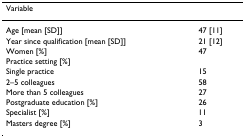
<table><thead><tr><td><b>Variable</b></td><td></td></tr></thead><tbody><tr><td>Age [mean [SD]]</td><td>47 [11]</td></tr><tr><td>Year since qualification [mean [SD]]</td><td>21 [12]</td></tr><tr><td>Women [%]</td><td>47</td></tr><tr><td>Practice setting [%]</td><td></td></tr><tr><td>Single practice</td><td>15</td></tr><tr><td>2–5 colleagues</td><td>58</td></tr><tr><td>More than 5 colleagues</td><td>27</td></tr><tr><td>Postgraduate education [%]</td><td>26</td></tr><tr><td>Specialist [%]</td><td>11</td></tr><tr><td>Masters degree [%]</td><td>3</td></tr></tbody></table>